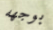
بوجهه